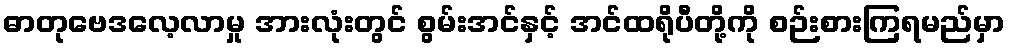
ဓာတုဗေဒလေ့လာမှု အားလုံးတွင် စွမ်းအင်နှင့် အင်ထရိုပီတို့ကို စဉ်းစားကြရမည်မှာ